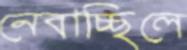
নেবাচ্ছিলে